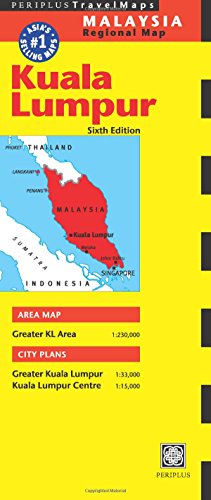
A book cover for Kuala Lumpur Travel Map Sixth Edition (Periplus Travel Maps. Malaysia Regional Maps); Travel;